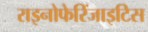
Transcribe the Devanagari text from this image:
राइनोफेरिंजाइटिस